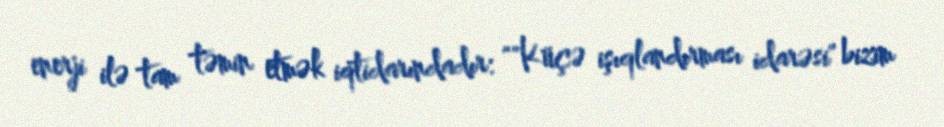
enerji ilə tam təmin etmək iqtidarındadır: ""Küçə işıqlandırması idarəsi" bizim